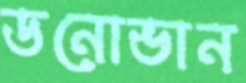
ডনোভান